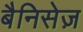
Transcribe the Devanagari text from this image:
बैनिसेज़